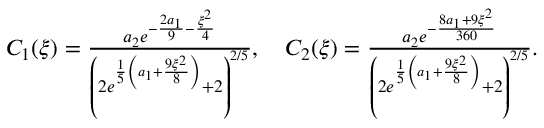
\begin{array} { r l } & { C _ { 1 } ( \xi ) = \frac { a _ { 2 } e ^ { - \frac { 2 a _ { 1 } } { 9 } - \frac { \xi ^ { 2 } } { 4 } } } { \left( 2 e ^ { \frac { 1 } { 5 } \left( a _ { 1 } + \frac { 9 \xi ^ { 2 } } { 8 } \right) } + 2 \right) ^ { 2 / 5 } } , \quad C _ { 2 } ( \xi ) = \frac { a _ { 2 } e ^ { - \frac { 8 a _ { 1 } + 9 \xi ^ { 2 } } { 3 6 0 } } } { \left( 2 e ^ { \frac { 1 } { 5 } \left( a _ { 1 } + \frac { 9 \xi ^ { 2 } } { 8 } \right) } + 2 \right) ^ { 2 / 5 } } . } \end{array}